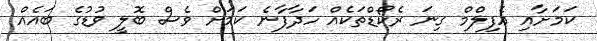
ކަމަށާއި އެފިލްމް ގިނަ ރެކޯޑްތަކެއް ހަދާފާނެ ކަމަށް ވެސް ބޮލީ ވުޑުގެ ބައެއް